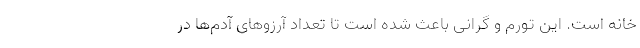
خانه است. این تورم و گرانی باعث شده است تا تعداد آرزوهای آدم‌ها در